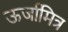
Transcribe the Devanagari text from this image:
ऊर्जामित्र